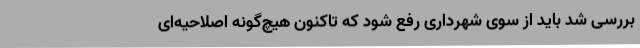
بررسی شد باید از سوی شهرداری رفع شود که تاکنون هیچ‌گونه اصلاحیه‌ای